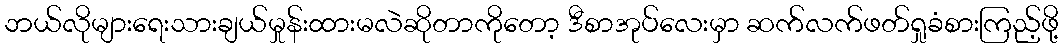
ဘယ်လိုများရေးသားချယ်မှုန်းထားမလဲဆိုတာကိုတော့ ဒီစာအုပ်လေးမှာ ဆက်လက်ဖတ်ရှုခံစားကြည့်ဖို့